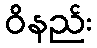
ဝိနည်း